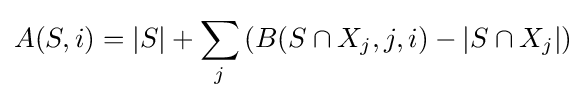
A(S,i)=|S|+\sum _{j}\left(B(S\cap X_{j},j,i)-|S\cap X_{j}|\right)